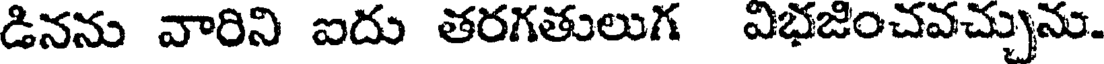
డినను వారిని ఐదు తరగతులుగ విభజించవచ్చును.